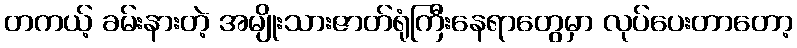
တကယ့် ခမ်းနားတဲ့ အမျိုးသားဇာတ်ရုံကြီးနေရာတွေမှာ လုပ်ပေးတာတော့